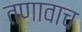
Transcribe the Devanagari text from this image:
तणावाच